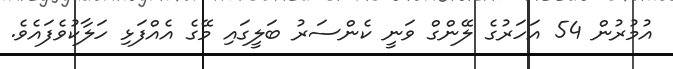
އުމުރުން 54 އަހަރުގެ ލޭންގް ވަނީ ކެންސަރު ބަލީގައި މޭގެ އެއްފަޅި ހަލާކުވެފައެވެ.